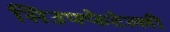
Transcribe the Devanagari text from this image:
सिउफ्फेटेल्ली